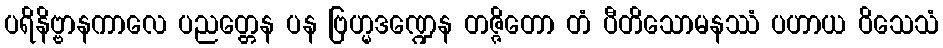
ပရိနိဗ္ဗာနကာလေ ပညတ္တေန ပန ဗြဟ္မဒဏ္ဍေန တဇ္ဇိတော တံ ပီတိသောမနဿံ ပဟာယ ဝိသေသံ